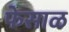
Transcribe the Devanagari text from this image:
फेसाळ